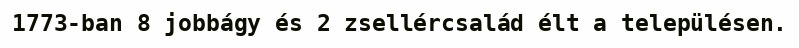
1773-ban 8 jobbágy és 2 zsellércsalád élt a településen.